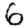
Digit: 6